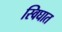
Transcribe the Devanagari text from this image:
स्विघात